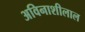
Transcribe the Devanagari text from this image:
अविनाशीलाल